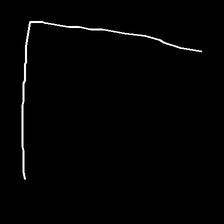
Glyph: region